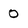
Character: 0